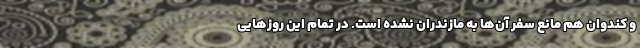
و کندوان هم مانع سفر آن‌ها به مازندران نشده است. در تمام این روز‌هایی